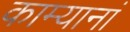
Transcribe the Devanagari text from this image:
काम्यानां